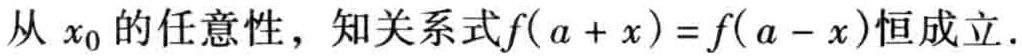
从 \(x_{0}\) 的任意性，知关系式\(f(a + x)=f(a - x)\)恒成立.